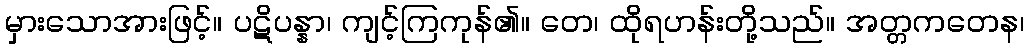
မှားသောအားဖြင့်။ ပဋိပန္နာ၊ ကျင့်ကြကုန်၏။ တေ၊ ထိုရဟန်းတို့သည်။ အတ္တကတေန၊